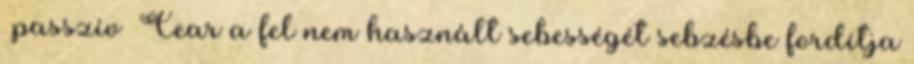
passzív Cear a fel nem használt sebességét sebzésbe fordítja